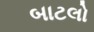
બાટલો